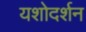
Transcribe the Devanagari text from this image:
यशोदर्शन